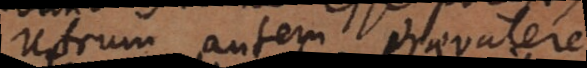
Utrum autem praevalere